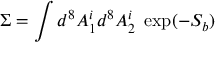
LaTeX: \Sigma = \int d ^ { 8 } A _ { 1 } ^ { i } d ^ { 8 } A _ { 2 } ^ { i } \; \exp ( - S _ { b } )